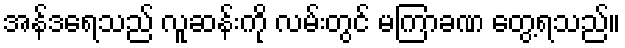
အန်ဒရေသည် လူဆန်းကို လမ်းတွင် မကြာခဏ တွေ့ရသည်။